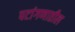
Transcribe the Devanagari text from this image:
पटांगणातील